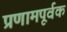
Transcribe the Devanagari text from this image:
प्रणामपूर्वक